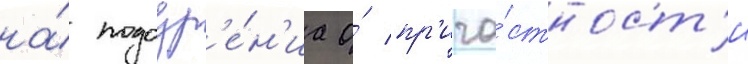
на́ подозр'е́н'иа о́ пр'ича́стност'и